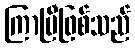
ကြာပြီဖြစ်သည်